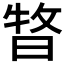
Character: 𣈊